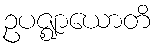
ဥပဇ္ဈာယောတိ